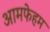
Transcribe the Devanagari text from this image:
आमफेहम